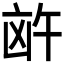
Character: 𪞸